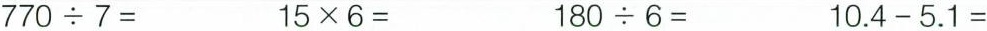
$$7 7 0 \div 7 = $$ $$1 5 \times 6 =$$